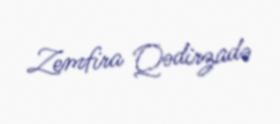
Zemfira Qədirzadə